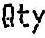
QTY